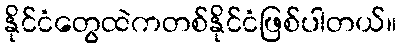
နိုင်ငံတွေထဲကတစ်နိုင်ငံဖြစ်ပါတယ်။